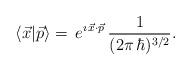
LaTeX: \begin{align*}\langle \vec{x}|\vec{p}\rangle=\,e^{\imath\,\vec{x}\cdot\vec{p}}\,\frac{1}{(2\pi\,\hbar)^{3/2}}. \end{align*}